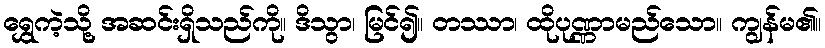
ရွှေကဲ့သို့ အဆင်းရှိသည်ကို။ ဒိသွာ၊ မြင်၍။ တဿာ၊ ထိုပုဏ္ဏာမည်သော။ ကျွန်မ၏။